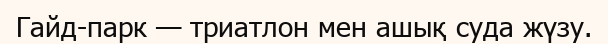
Гайд-парк — триатлон мен ашық суда жүзу.